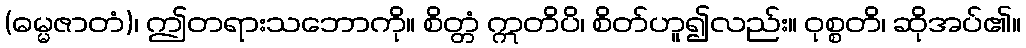
(ဓမ္မဇာတံ)၊ ဤတရားသဘောကို။ စိတ္တံ ဣတိပိ၊ စိတ်ဟူ၍လည်း။ ဝုစ္စတိ၊ ဆိုအပ်၏။